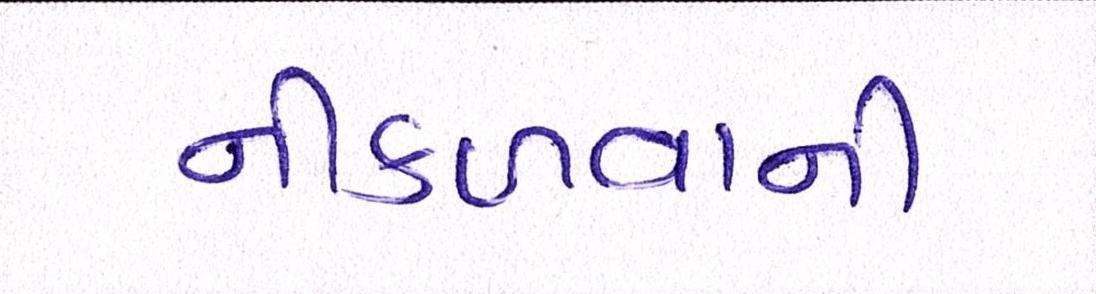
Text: નીકળવાની